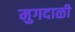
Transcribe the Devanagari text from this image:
मुगदाळी